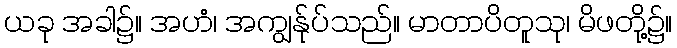
ယခု အခါ၌။ အဟံ၊ အကျွန်ုပ်သည်။ မာတာပိတူသု၊ မိဖတို့၌။